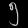
Digit: ၅